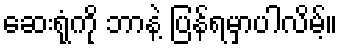
ဆေးရုံကို ဘာနဲ့ ပြန်ရမှာပါလိမ့်။